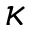
\kappa